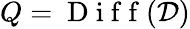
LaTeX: Q=\mathrm{~D~i~f~f~}(\mathcal{D})